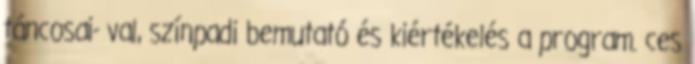
táncosai- val, színpadi bemutató és kiértékelés a program. ces